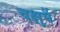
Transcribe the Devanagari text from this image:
चक्षुर्वै